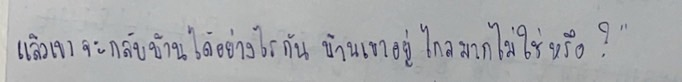
แล้วเขาจะกลับบ้านได้อย่างไรกันบ้านเขาอยู่ไกลมากไม่ใช่หรือ?"